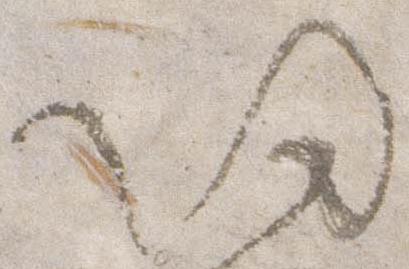
帰